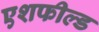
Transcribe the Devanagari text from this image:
एशफील्ड